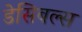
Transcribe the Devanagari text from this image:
डेसिबल्स